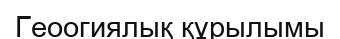
Геоогиялық құрылымы